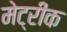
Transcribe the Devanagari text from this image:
मेट्रीक